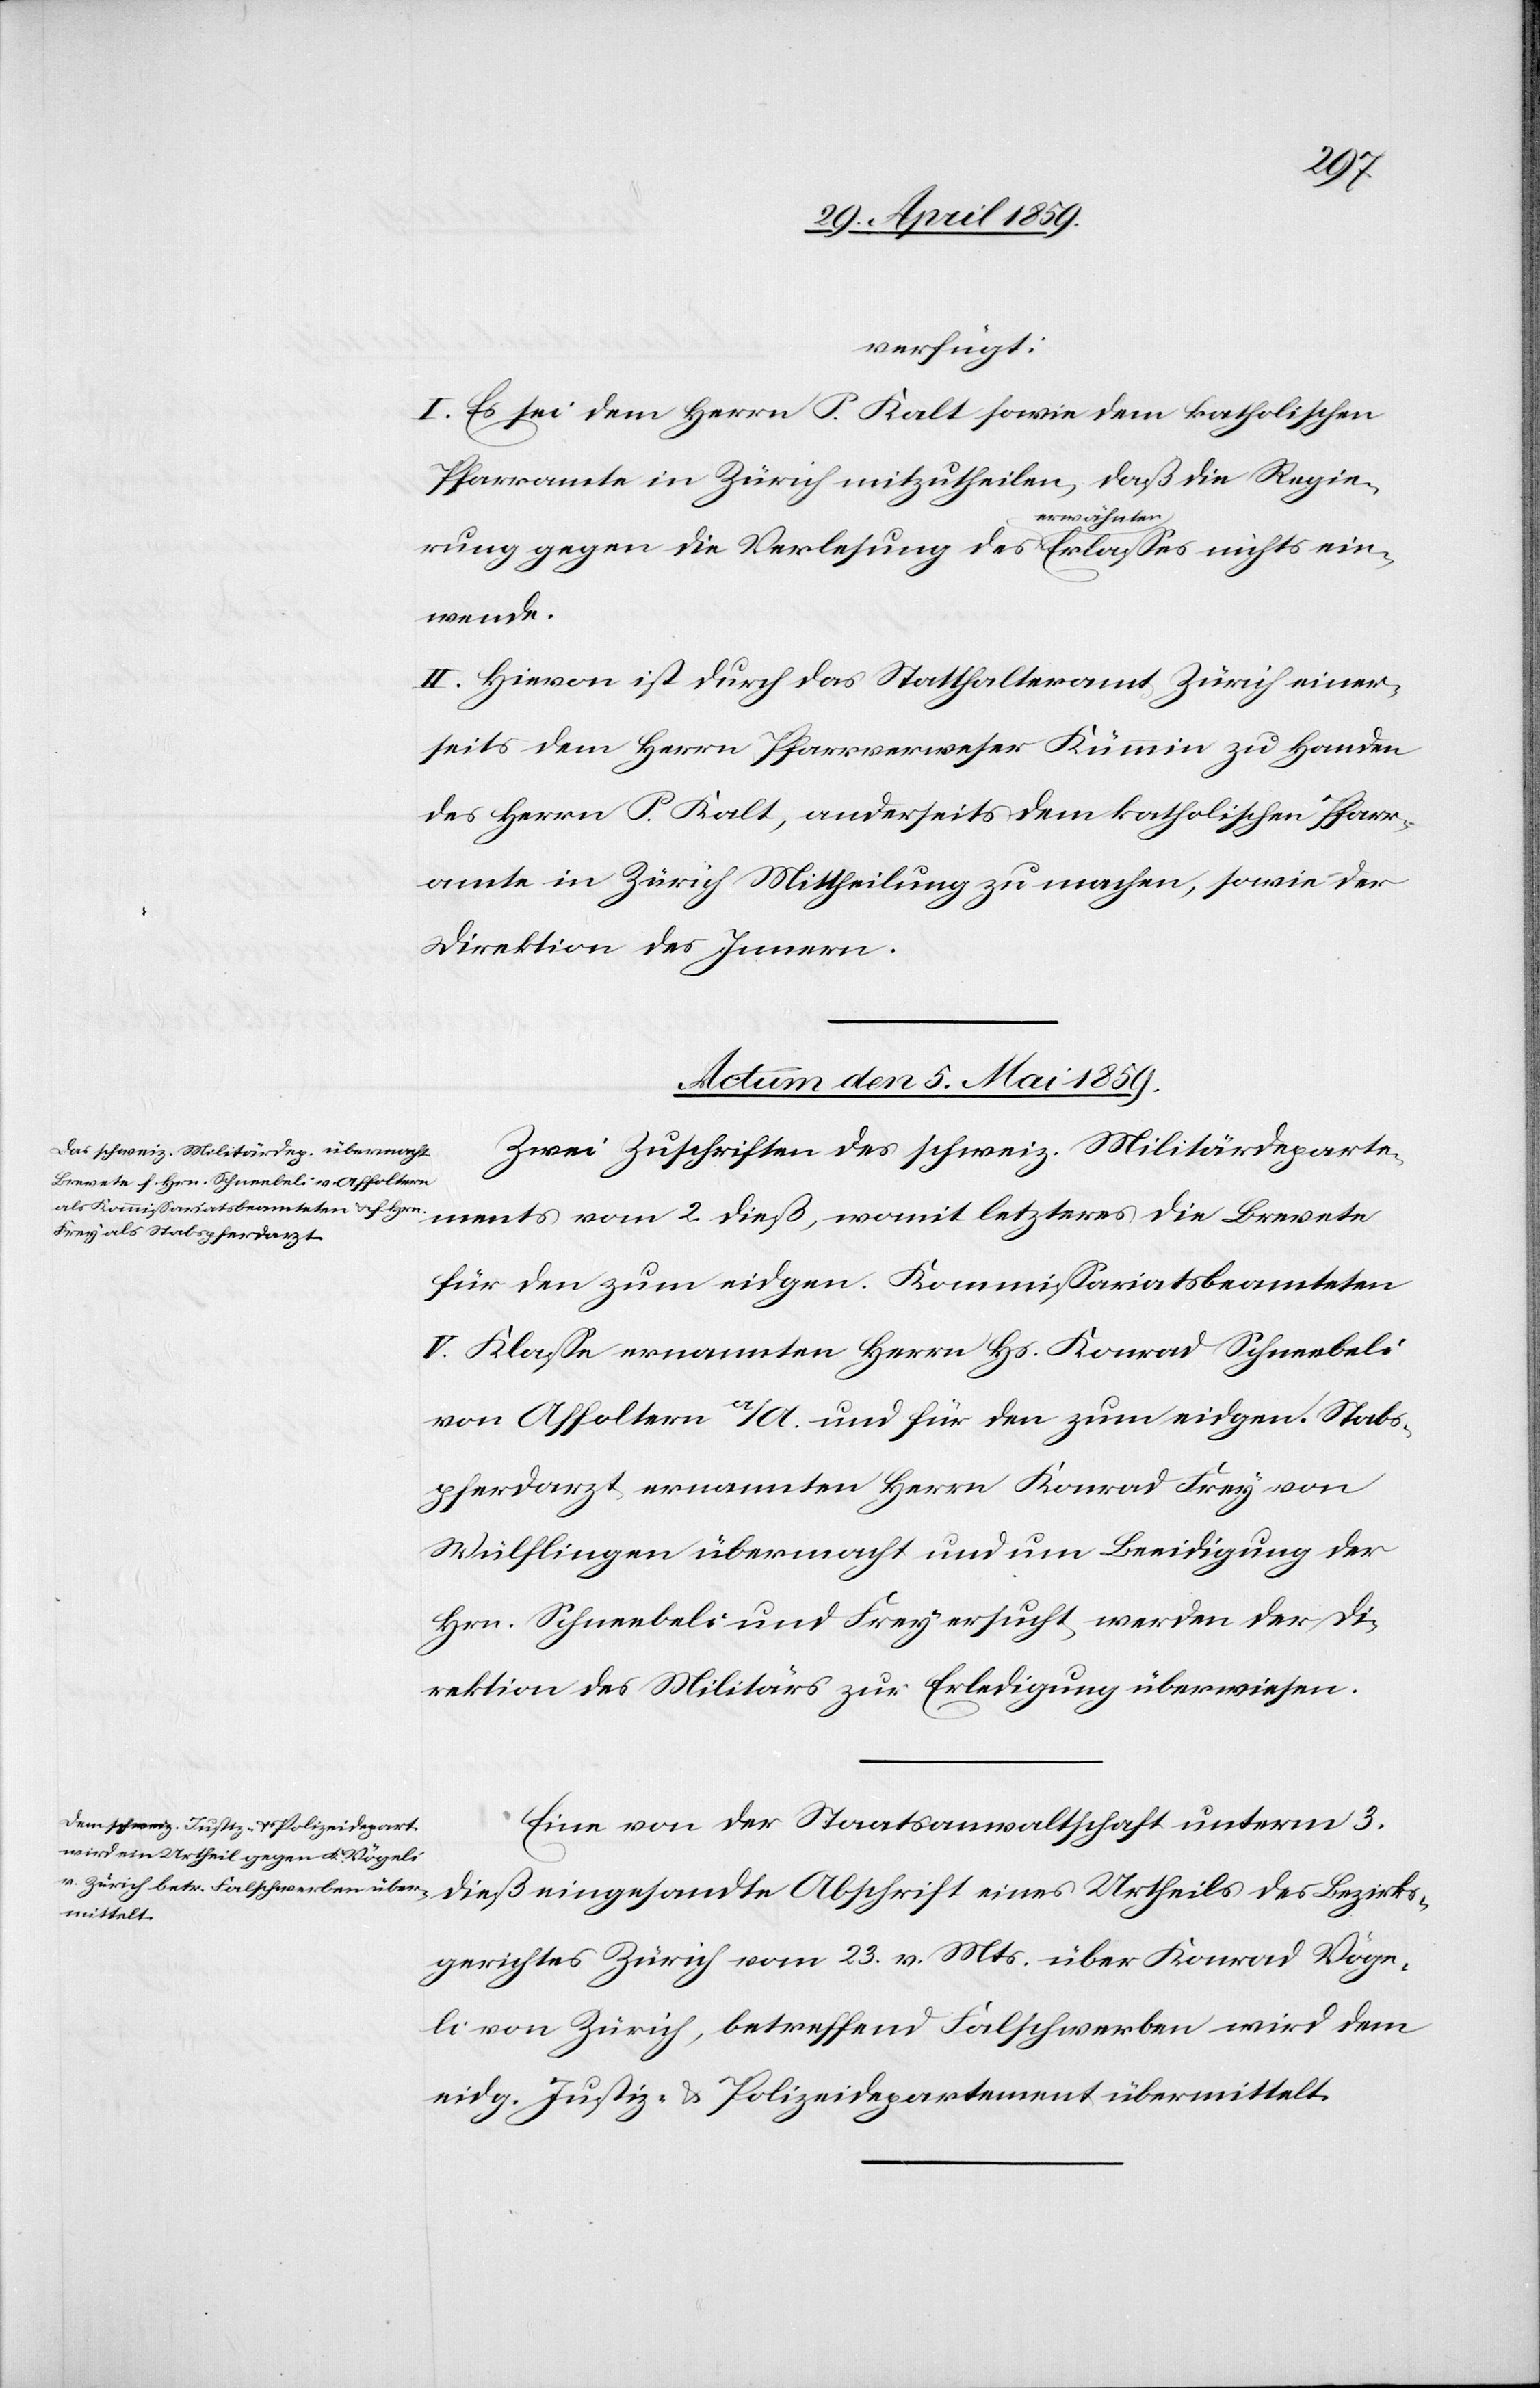
verfügt:
I. Es sei dem Herrn P. Kalt sowie dem katholischen
Pfarramte in Zürich mitzutheilen, daß die Regie¬
rung gegen die Verlesung des erwähnten Erlaßes nichts ein¬
wende.
II. Hievon ist durch das Statthalteramt Zürich einer¬
seits dem Herrn Pfarrverweser Kümmin zu Handen
des Herrn P. Kalt, anderseits dem katholischen Pfarr¬
amte in Zürich Mittheilung zu machen, sowie der
Direktion des Innern.
Actum den 5. Mai 1859.]
Zwei Zuschriften des schweiz. Militärdeparte¬
ments vom 2. dieß, womit letzteres die Brevete
für den zum eidgen. Kommißariatsbeamteten
V. Klaße ernannten Herrn Hs. Konrad Schneebeli
von Affoltern a/A. und für den zum eidgen. Stabs¬
pferdarzt ernannten Herrn Konrad Frey von
Wülflingen übermacht und um Beeidigung der
Hrn. Schneebeli und Frey ersucht, werden der Di¬
rektion des Militärs zur Erledigung überwiesen.
Eine von der Staatsanwaltschaft unterm 3.
dieß eingesandte Abschrift eines Urtheils des Bezirks¬
gerichtes Zürich vom 23. v. Mts. über Konrad Vöge¬
li von Zürich, betreffend Falschwerben wird dem
eidg. Justiz- & Polizeidepartement übermittelt.